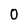
Character: 0